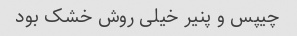
چیپس و پنیر خیلی روش خشک بود